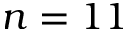
n = 1 1